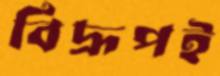
বিদ্রূপই